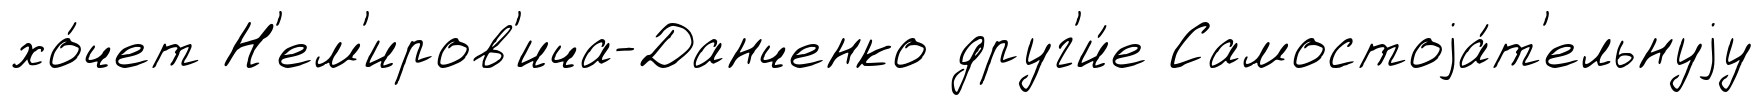
хо́чет Н'ем'иров'ича-Данченко друг'и́е Самостоjа́т'ельнуjу